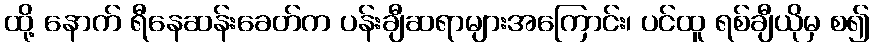
ထို့ နောက် ရီနေဆန်းခေတ်က ပန်းချီဆရာများအကြောင်း၊ ပင်ထူ ရစ်ချီယိုမှ စ၍